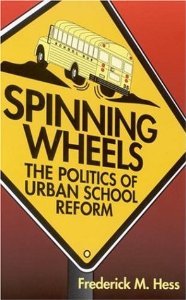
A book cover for Spinning Wheels: The Politics of Urban School Reform [Paperback] [1998] Frederick M. Hess; Frederick M. Hess; Crafts, Hobbies & Home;